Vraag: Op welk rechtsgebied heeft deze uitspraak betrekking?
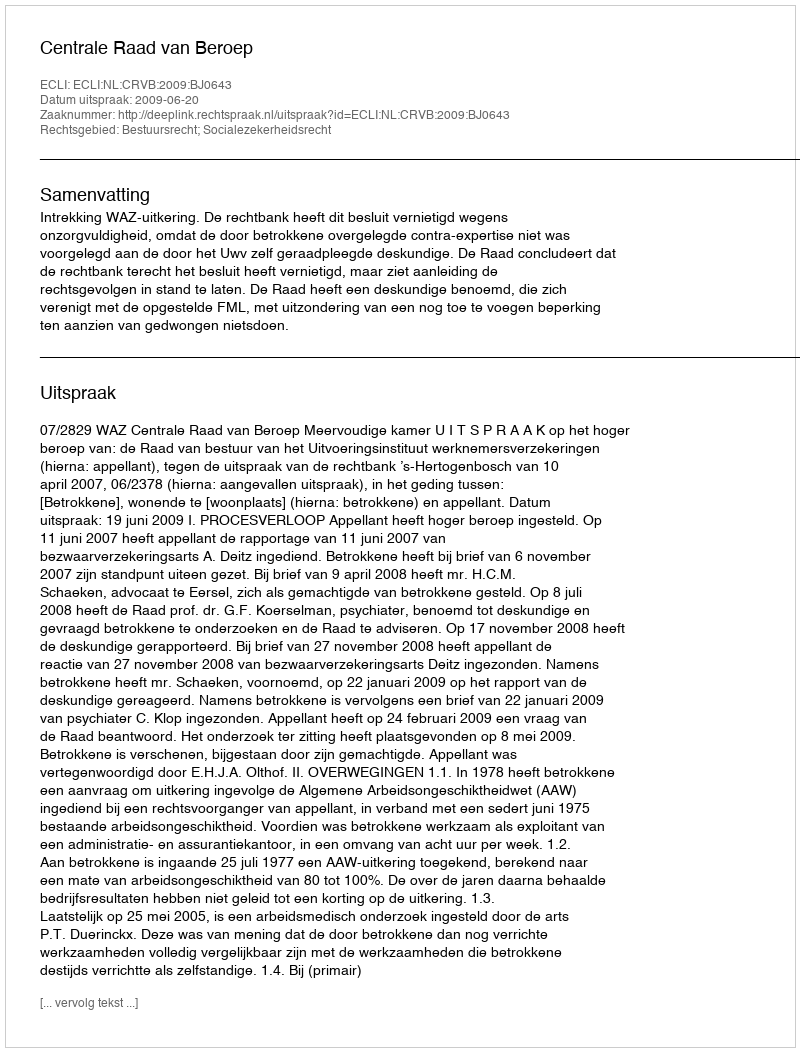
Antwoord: Bestuursrecht; Socialezekerheidsrecht